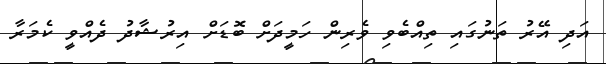
އަދި އޭރު ތަނުގައި ތިއްބެވި ވެރިން ހަމީދަށް ބޮޑަށް އިރުޝާދު ދެއްވީ ކެމަރާ